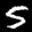
Digit: 5